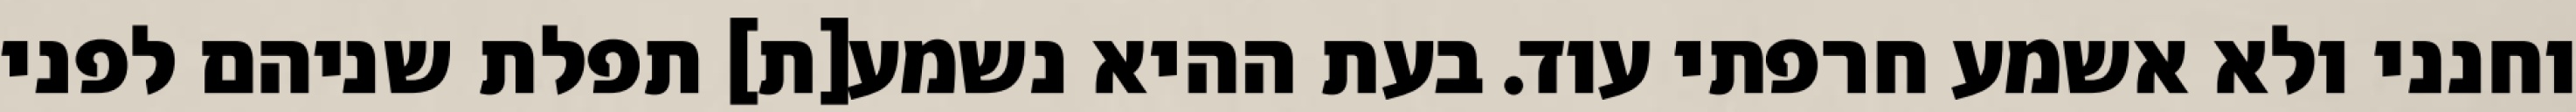
וחנני ולא אשמע חרפתי עוד. בעת ההיא נשמע[ת] תפלת שניהם לפני